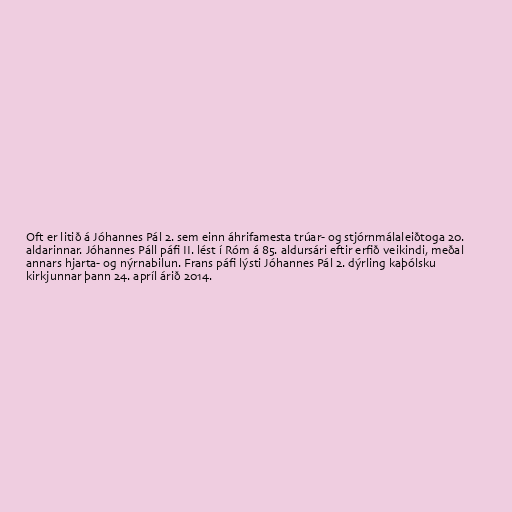
Oft er litið á Jóhannes Pál 2. sem einn áhrifamesta trúar- og stjórnmálaleiðtoga 20.
aldarinnar. Jóhannes Páll páfi II. lést í Róm á 85. aldursári eftir erfið veikindi, meðal
annars hjarta- og nýrnabilun. Frans páfi lýsti Jóhannes Pál 2. dýrling kaþólsku
kirkjunnar þann 24. apríl árið 2014.